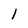
Character: 1